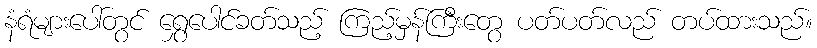
နံရံများပေါ်တွင် ရွှေပေါင်ခတ်သည့် ကြည့်မှန်ကြီးတွေ ပတ်ပတ်လည် တပ်ထားသည်။